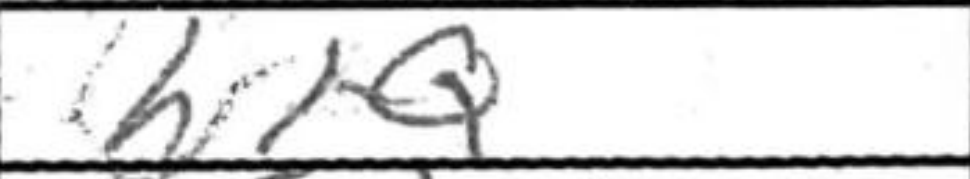
Transcription: h1=Q